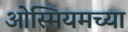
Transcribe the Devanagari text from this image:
ओस्मियमच्या